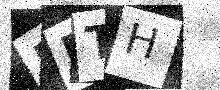
Text: MBTH